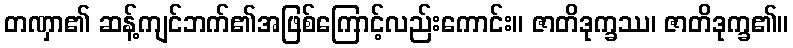
တဏှာ၏ ဆန့်ကျင်ဘက်၏အဖြစ်ကြောင့်လည်းကောင်း။ ဇာတိဒုက္ခဿ၊ ဇာတိဒုက္ခ၏။